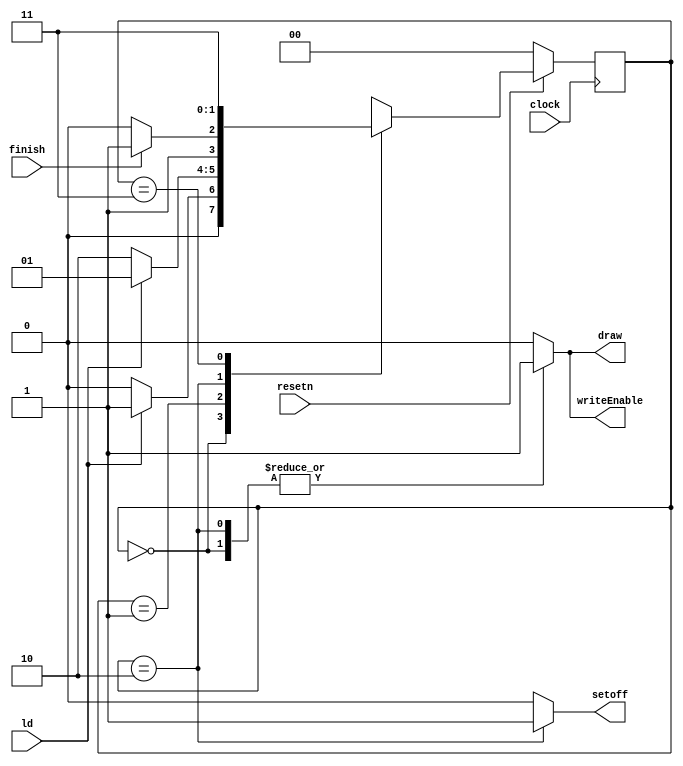
module control(clock, resetn, ld, finish, writeEnable, draw, setoff);
	input clock, resetn, ld, finish; //finish = 1 if object reaches end or if object hits obstacle
	output reg writeEnable;
	output reg draw, setoff;

	reg [1:0] current_state, next_state; 
	
	localparam  S_BEGIN 				= 2'd0,
				S_LOAD_VALS      		= 2'd1,
				S_PLOT   				= 2'd2,
				S_PLOT_FINISH   		= 2'd3;
	
	always@(*)
	begin: state_table 
			case (current_state)
				//Push start key to begin, otherwise do nothing
				S_BEGIN: next_state = ld ? S_LOAD_VALS : S_BEGIN;
				//Let go of start key to plot, otherwise still loading values	
				S_LOAD_VALS: next_state = ld ? S_LOAD_VALS : S_PLOT; 
				//When object hits end/object collides, go to finishing state
				S_PLOT: next_state = finish ? S_PLOT_FINISH : S_PLOT;
				//In finish state, object does not move until reset to original position
				S_PLOT_FINISH: next_state = ~resetn ? S_BEGIN : S_PLOT_FINISH; 
			default: next_state = S_BEGIN;
		endcase
	end // state_table
	
	always @(*)
	begin: enable_signals
		writeEnable = 1'b0;
		draw = 1'b0;
		setoff = 1'b0;
		case (current_state)
			S_BEGIN:begin
				writeEnable = 1'b1;
				draw = 1'b1;
				setoff = 1'b0;
			end
			S_PLOT: begin
				writeEnable = 1'b1;
				draw = 1'b1;
				setoff = 1'b1;
			end
			S_PLOT_FINISH: begin
				writeEnable = 1'b0;
				draw = 1'b0;
			end
		endcase
	end
	
	always@(posedge clock)
	begin: state_FFs
		if(!resetn)
			current_state <= S_BEGIN;
		else
			current_state <= next_state;
	end // state_FFS
			   
endmodule